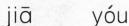
jiā yóu